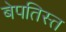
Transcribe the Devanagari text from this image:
बेपतिस्त